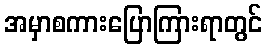
အမှာစကားပြောကြားရာတွင်